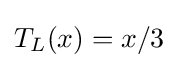
T_{L}(x)=x/3